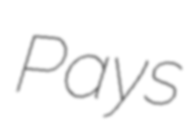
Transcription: Pays